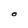
Character: O